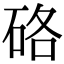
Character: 硌